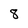
Character: 8